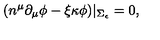
( n ^ { \mu } \partial _ { \mu } \phi - \xi \kappa \phi ) | _ { \Sigma _ { \epsilon } } = 0 ,